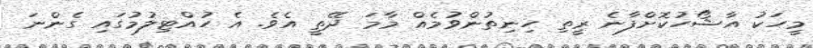
މީހަކު އާޝޯހުކޮށްފާނެ ރީތި ހިނިތުންވުމެއް މާމަ ދޭތީ އެވެ. އެ ހުއްޓިލުމުގައި ގެންނަ